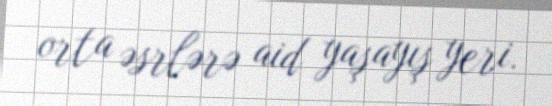
orta əsrlərə aid yaşayış yeri.